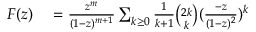
\begin{array} { r l } { F ( z ) } & { { } = { \frac { z ^ { m } } { ( 1 - z ) ^ { m + 1 } } } \sum _ { k \geq 0 } { { \frac { 1 } { k + 1 } } { \binom { 2 k } { k } } ( { \frac { - z } { ( 1 - z ) ^ { 2 } } } ) ^ { k } } } \end{array}